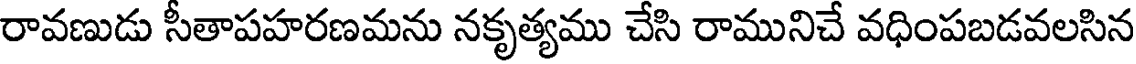
రావణుడు సీతాపహరణమను నకృత్యము చేసి రామునిచే వధింపబడవలసిన